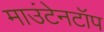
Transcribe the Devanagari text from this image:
माउंटेनटॉप